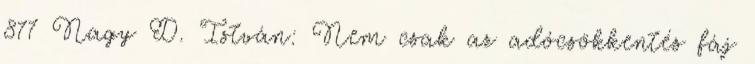
877 Nagy D. István: Nem csak az adócsökkentés fáj